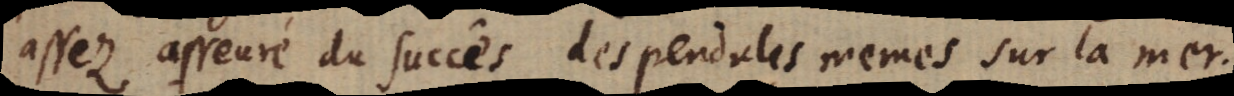
assez asseuré du succês des pendules mêmes sur la mer.